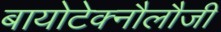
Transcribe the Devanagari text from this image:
बायोटेक्नौलौजी